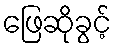
ဖြေဆိုခွင့်